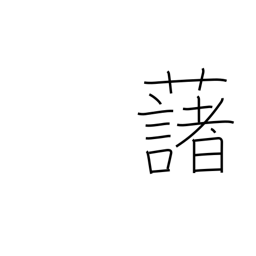
Meaning: potato